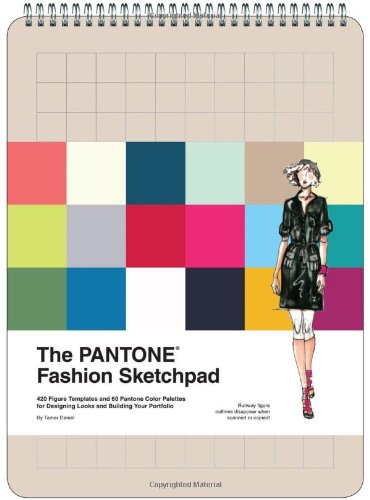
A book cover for The PANTONE Fashion Sketchpad: 420 Figure Templates and 60 PANTONE Color Palettes for Designing Looks and Building Your Portfolio; Pantone LLC; Crafts, Hobbies & Home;